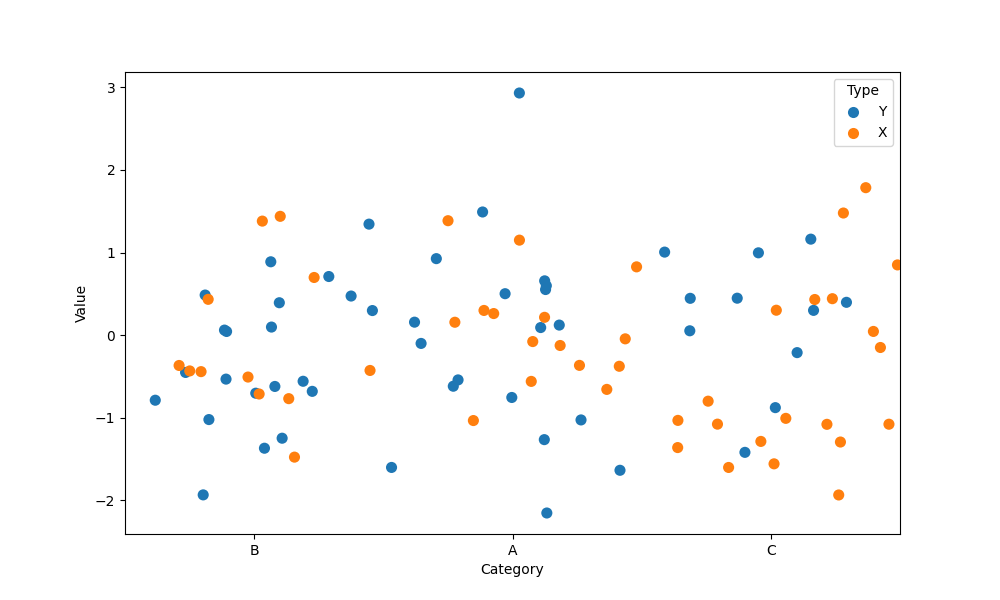
python, seaborn, stripplot, jitter=True, dodge=True, alpha=1.0, size=8